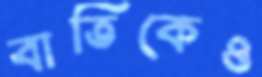
বাতিকেও